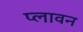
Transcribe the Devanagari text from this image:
प्‍लावन